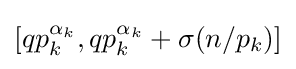
[qp_{k}^{\alpha _{k}},qp_{k}^{\alpha _{k}}+\sigma (n/p_{k})]